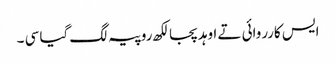
ایس کارروائی تے اوہد پجا لکھ روپیہ لگ گیا سی ۔